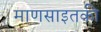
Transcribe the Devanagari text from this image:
माणसाइतकी